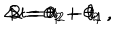
\Delta t = t _ { 2 } - t _ { 1 } \, , \hspace { 1 c m } R = \theta _ { 2 } - \theta _ { 1 } \, , \hspace { 1 c m } S = \theta _ { 1 } + \theta _ { 2 }